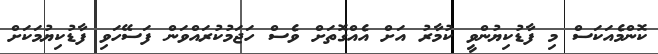
ކޮންމެއަކަސް މި ފާޑުކިޔުންވީ ކުމާރު އަށް އެއްގޮތަށް ވެސް ހަޖަމުކުރައްވަން ފަސޭހަވި ފާޑުކިޔުމަކަށް